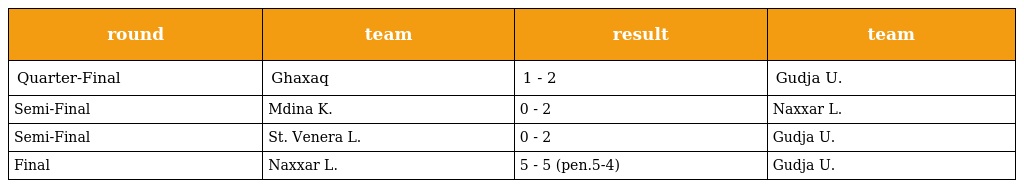
| round | team | result | team |
 | --- | --- | --- | --- |
 | Quarter-Final | Ghaxaq | 1 - 2 | Gudja U. |
 | Semi-Final | Mdina K. | 0 - 2 | Naxxar L. |
 | Semi-Final | St. Venera L. | 0 - 2 | Gudja U. |
 | Final | Naxxar L. | 5 - 5 (pen.5-4) | Gudja U. |